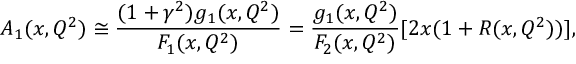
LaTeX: A _ { 1 } ( x , Q ^ { 2 } ) \cong \frac { ( 1 + \gamma ^ { 2 } ) g _ { 1 } ( x , Q ^ { 2 } ) } { F _ { 1 } ( x , Q ^ { 2 } ) } = \frac { g _ { 1 } ( x , Q ^ { 2 } ) } { F _ { 2 } ( x , Q ^ { 2 } ) } [ 2 x ( 1 + R ( x , Q ^ { 2 } ) ) ] ,